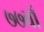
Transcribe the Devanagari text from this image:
७७वाँ